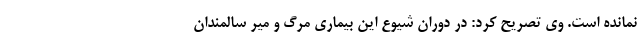
نمانده است. وی تصریح کرد: در دوران شیوع این بیماری مرگ و میر سالمندان